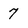
Character: 7